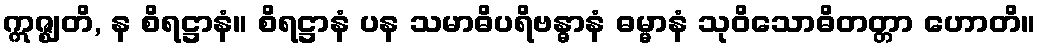
ဣဇ္ဈတိ, န စိရဋ္ဌာနံ။ စိရဋ္ဌာနံ ပန သမာဓိပရိဗန္ဓာနံ ဓမ္မာနံ သုဝိသောဓိတတ္တာ ဟောတိ။